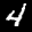
Label: 4